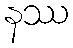
နဿ